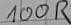
Text: 100R